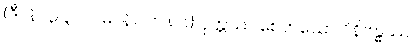
(ဒီ။ နိ။ ၃။၃၂၀၊ မ။ နိ။ ၁။၁၈၆) ဝုတ္တဿ စေတသော ဝိနိဗန္ဓဿ